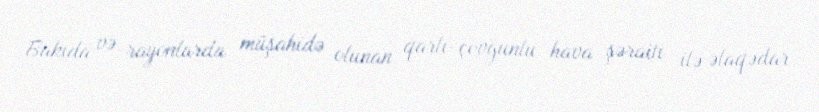
Bakıda və rayonlarda müşahidə olunan qarlı-çovğunlu hava şəraiti ilə əlaqədar